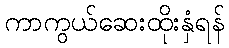
ကာကွယ်ဆေးထိုးနှံရန်